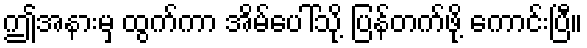
ဤအနားမှ ထွက်ကာ အိမ်ပေါ်သို့ ပြန်တက်ဖို့ ကောင်းပြီ။